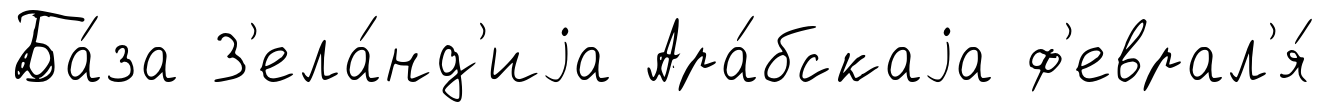
Ба́за З'ела́нд'иjа Ара́бскаjа ф'еврал'я́